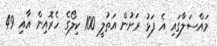
މައްސަލާގައި އެ ފަޅު ރަށުން އަތުލީ 100 ކިލޯގެ ހެރޮއިން އާއި 49